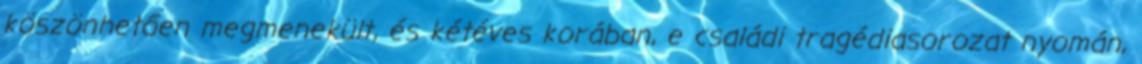
köszönhetően megmenekült, és kétéves korában, e családi tragédiasorozat nyomán,